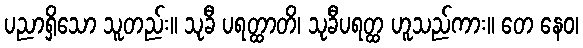
ပညာရှိသော သူတည်း။ သုခီ ပရတ္ထာတိ၊ သုခီပရတ္ထ ဟူသည်ကား။ တေ နေဝ၊